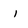
Character: 1